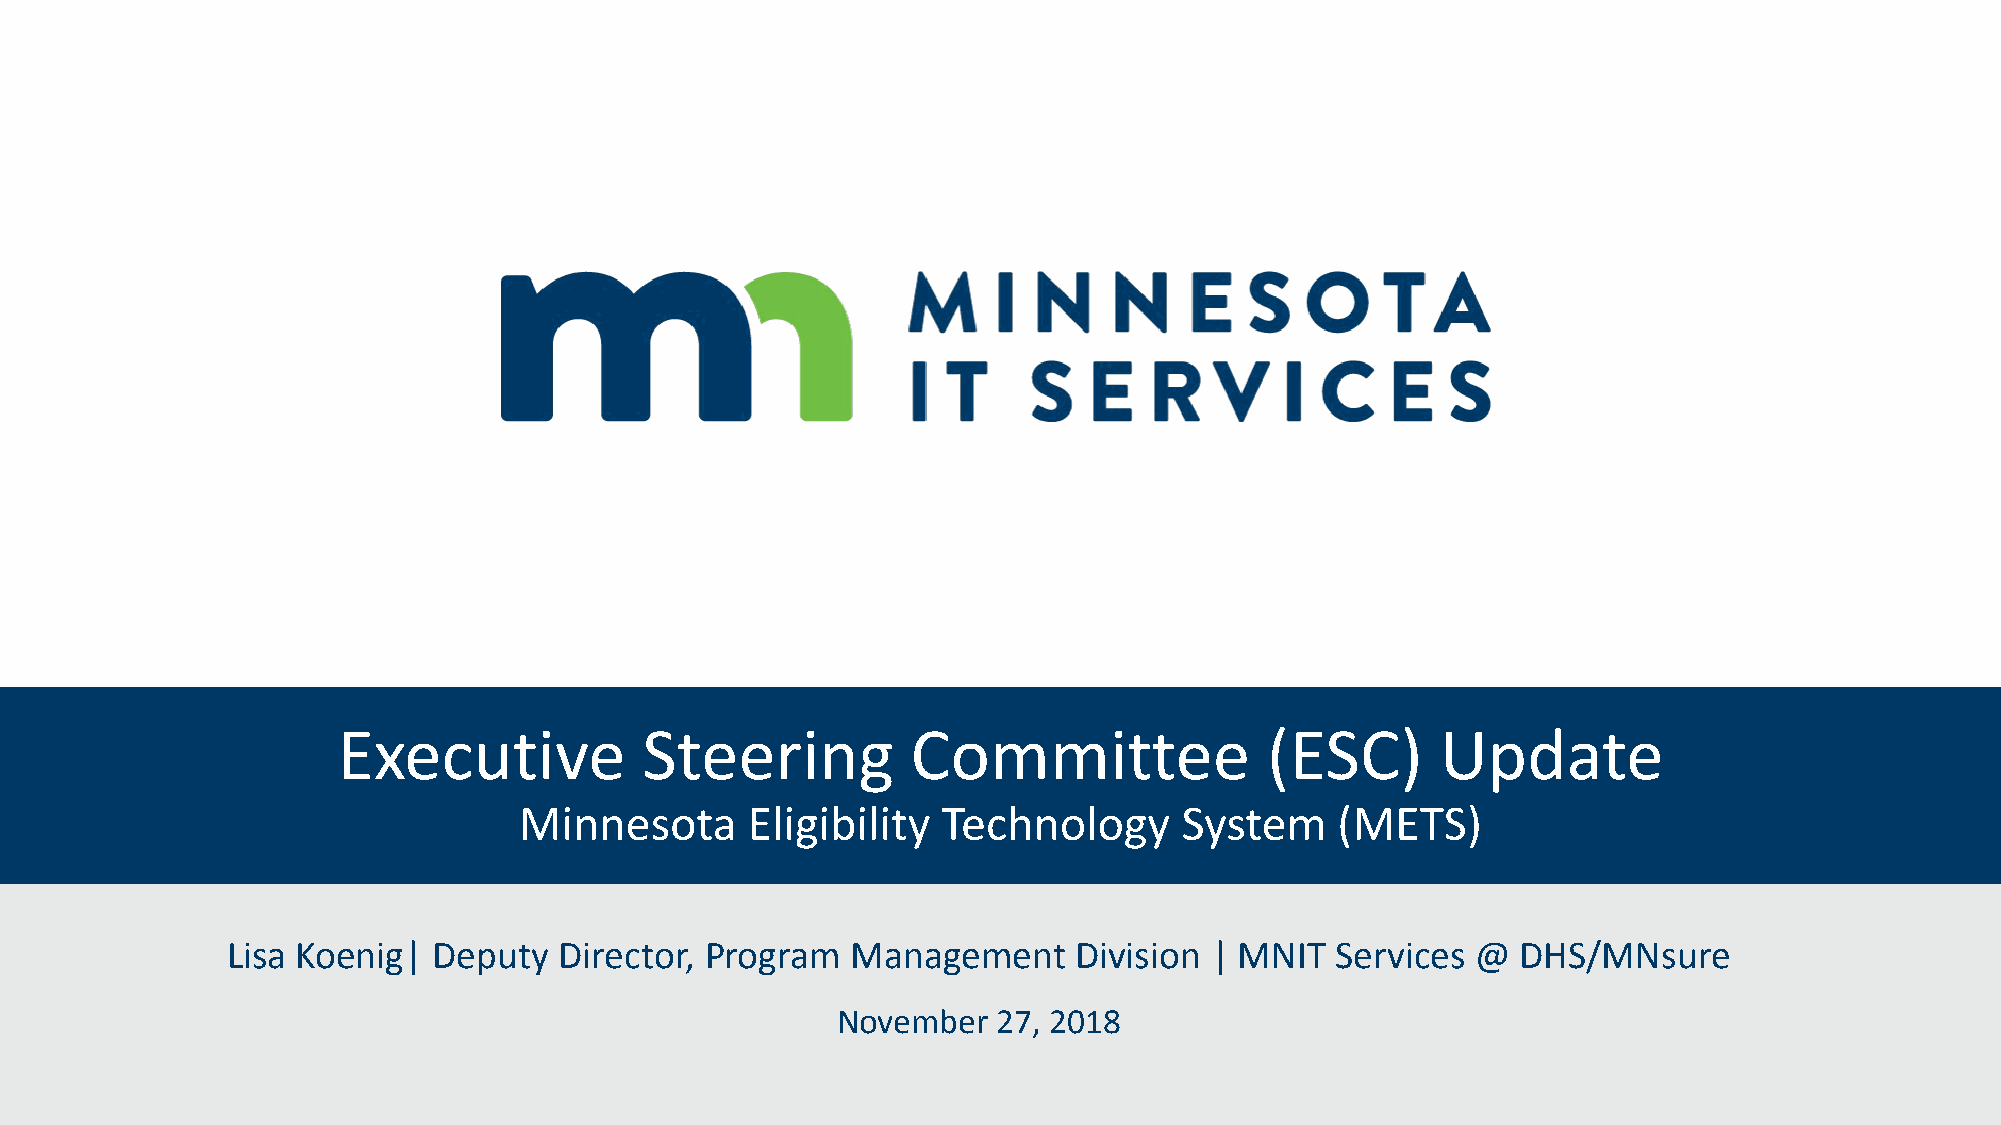
Executive            Steering         Committee               (ESC)      Update
 Minnesota      Eligibility  Technology      System    (METS)
 Lisa Koenig|  Deputy  Director, Program  Management     Division | MNIT  Services  @  DHS/MNsure
 November   27, 2018